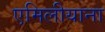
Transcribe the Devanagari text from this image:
एमिलीयाना